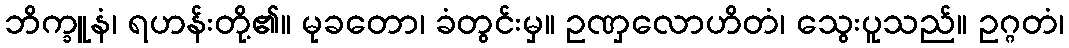
ဘိက္ခူနံ၊ ရဟန်းတို့၏။ မုခတော၊ ခံတွင်းမှ။ ဥဏှလောဟိတံ၊ သွေးပူသည်။ ဥဂ္ဂတံ၊